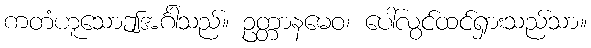
ကတံဟူသောဤအင်္ဂါသည်။ ဥတ္တာနမေဝ၊ ပေါ်လွင်ထင်ရှားသည်သာ။